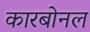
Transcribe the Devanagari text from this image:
कारबोनल